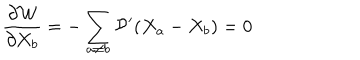
\frac { \partial { \cal W } } { \partial X _ { b } } = - \sum _ { a \neq b } { \cal P } ^ { \prime } ( X _ { a } - X _ { b } ) = 0